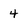
Character: 4